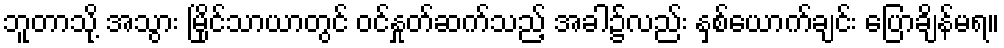
ဘူတာသို့ အသွား မြိုင်သာယာတွင် ဝင်နှုတ်ဆက်သည့် အခါ၌လည်း နှစ်ယောက်ချင်း ပြောချိန်မရ။